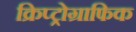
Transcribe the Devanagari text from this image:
क्रिप्ट्रोग्राफिक